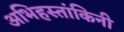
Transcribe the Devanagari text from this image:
अभिहस्तांकिनी